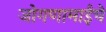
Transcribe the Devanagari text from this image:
जोगणामाईचे